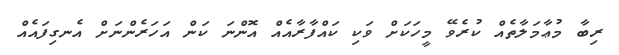
ރިބާ މުޢާމަލާތެއް ކުރެވޭ މީހަކަށް ވަކި ކައްފާރާއެއް އޮންނަ ކަން އަހަރެންނަށް އެނގިފައެއް